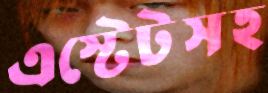
এস্টেটসহ